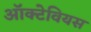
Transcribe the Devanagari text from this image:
ऑक्टेवियस